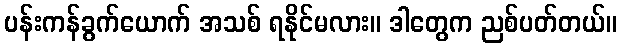
ပန်းကန်ခွက်ယောက် အသစ် ရနိုင်မလား။ ဒါတွေက ညစ်ပတ်တယ်။